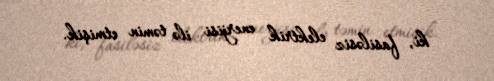
ki, fasiləsiz elektrik enerjisi ilə təmin etmişik.